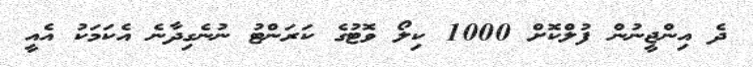
ދެ އިންޖީނުން ފުލްކޮށް 1000 ކިލޯ ވޮޓުގެ ކަރަންޓު ނުނެގިދާނެ އެކަމަކު އެއީ